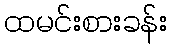
ထမင်းစားခန်း